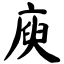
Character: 庾